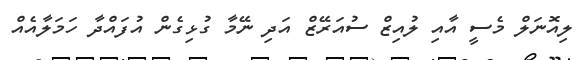
ލިއޮނަލް މެސީ އާއި ލުއިޒް ސުއަރޭޒް އަދި ނޭމާ ގުޅިގެން އުފައްދާ ހަމަލާއެއް